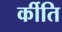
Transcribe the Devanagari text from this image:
र्कीति